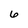
Character: 6